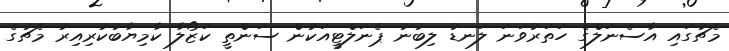
މެޗުގައި އާސެނަލްގެ ހަތަރުވަނަ ލަނޑު ލިބުނު ޕެނަލްޓީއަކުން ސަންތީ ކަޒޯލާ ކާމިޔާބުކުރިއިރު މެޗުގެ